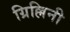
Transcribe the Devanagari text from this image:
ग्रिल्लिनी